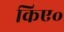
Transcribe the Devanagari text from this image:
किए॰